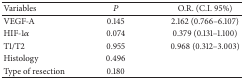
| Variables | P | O.R. (C.I. 95%) |
 | --- | --- | --- |
 | VEGF-A | 0.145 | 2.162 (0.766–6.107) |
 | HIF-1α | 0.074 | 0.379 (0.131–1.100) |
 | T1/T2 | 0.955 | 0.968 (0.312–3.003) |
 | Histology | 0.496 |  |
 | Type of resection | 0.180 |  |